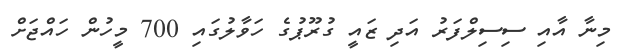
މިނާ އާއި ސިސިލްފަރު އަދި ޒައީ ގުރޫޕުގެ ހަވާލުގައި 700 މީހުން ހައްޖަށް